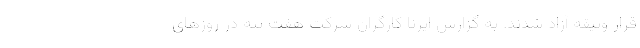
قرار وثیقه آزاد شدند. به گزارش ایرنا کارگران شرکت هفت تپه در روزهای